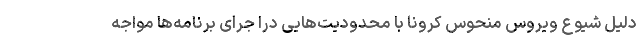
دلیل شیوع ویروس منحوس کرونا با محدودیت‌هایی درا جرای برنامه‌ها مواجه